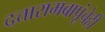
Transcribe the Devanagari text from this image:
दत्तारामबापूंचेही